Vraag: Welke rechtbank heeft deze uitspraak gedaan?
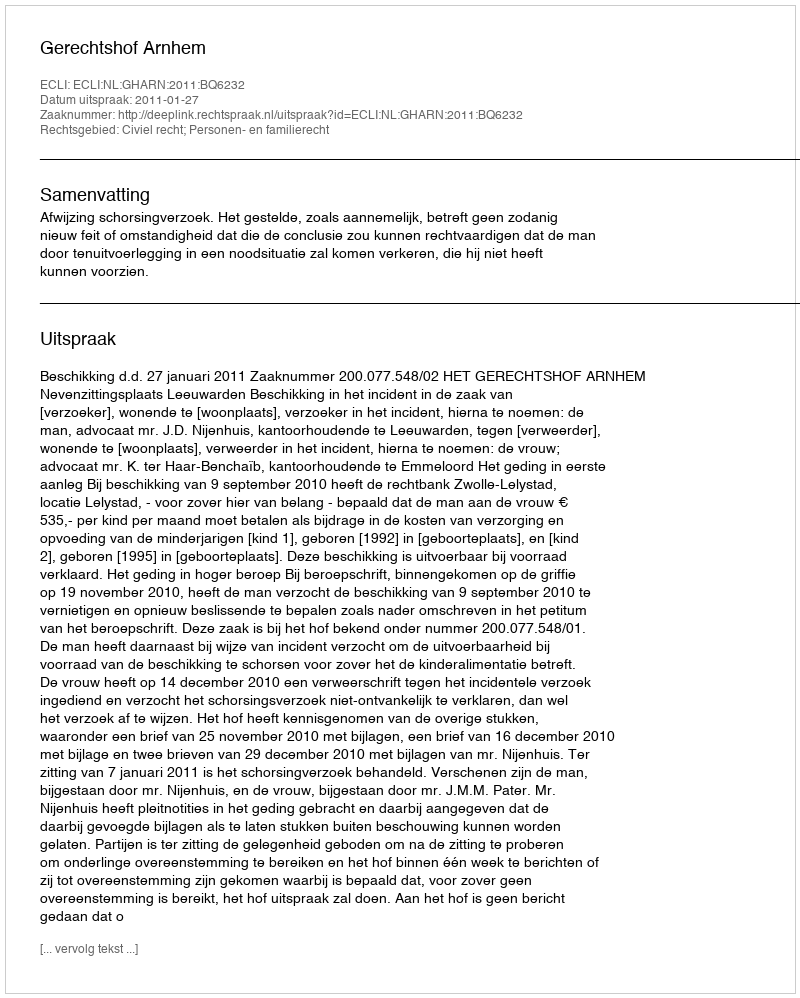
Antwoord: Gerechtshof Arnhem